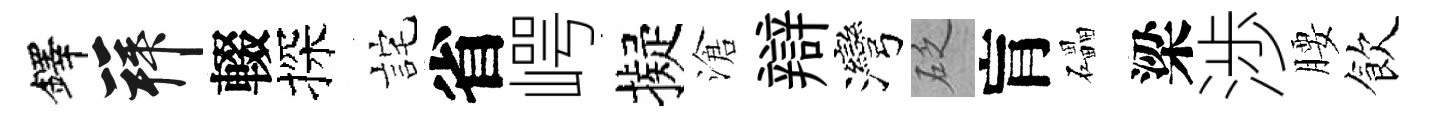
鐸拜輟探詫省崿擬滄辯灣砭肓礧梁渉腰飲